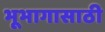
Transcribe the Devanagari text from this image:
भूभागासाठी